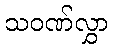
သဝဏ်လွှာ